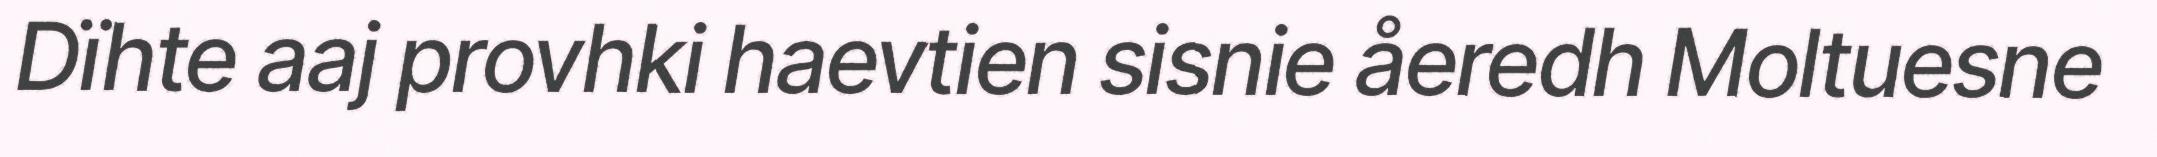
Dïhte aaj provhki haevtien sisnie åeredh Moltuesne